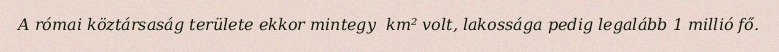
A római köztársaság területe ekkor mintegy  km² volt, lakossága pedig legalább 1 millió fő.